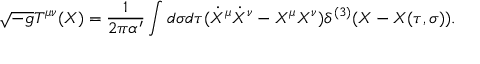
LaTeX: \sqrt { - g } T ^ { \mu \nu } ( X ) = \frac { 1 } { 2 \pi \alpha ^ { \prime } } \int d \sigma d \tau ( \dot { X } ^ { \mu } \dot { X } ^ { \nu } - X ^ { \mu } X ^ { \nu } ) \delta ^ { ( 3 ) } ( X - X ( \tau , \sigma ) ) .